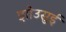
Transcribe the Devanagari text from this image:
झोउसुई